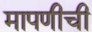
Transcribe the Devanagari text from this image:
मापणीची